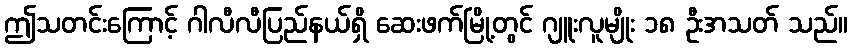
ဤသတင်းကြောင့် ဂါလီလီပြည်နယ်ရှိ ဆေးဖက်မြို့တွင် ဂျူးလူမျိုး ၁၈ ဦးအသတ် သည်။